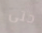
حتى